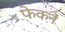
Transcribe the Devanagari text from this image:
फेकनें